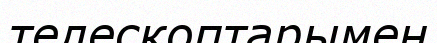
телескоптарымен